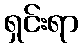
ရှင်းရာ